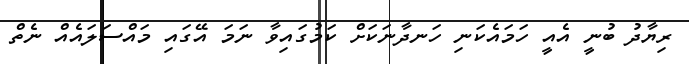
ރިޔާދު ބުނީ އެއީ ހަމައެކަނި ހަނދާނަކަށް ކަމުގައިވާ ނަމަ އޭގައި މައްސަލައެއް ނެތް